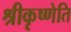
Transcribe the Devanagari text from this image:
श्रीकृष्णेति